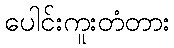
ပေါင်းကူးတံတား